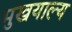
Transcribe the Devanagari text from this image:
मुखयाल्य